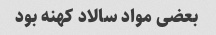
بعضی مواد سالاد کهنه بود